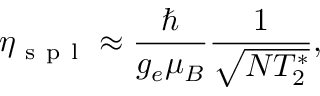
\eta _ { \mathrm { ~ s ~ p ~ l ~ } } \approx \frac { \hbar } { g _ { e } \mu _ { B } } \frac { 1 } { \sqrt { N T _ { 2 } ^ { * } } } ,